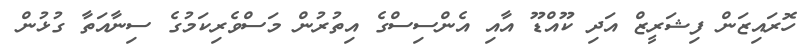
ހޮރައިޒަން ފިޝަރީޒް އަދި ކޫއްޑޫ އާއި އެންސިސްގެ އިތުރުން މަސްވެރިކަމުގެ ސިނާއަތާ ގުޅުން